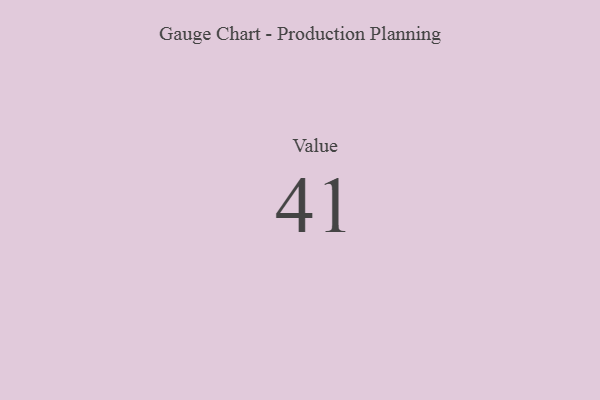
{"axis": {"x": "Metric", "y": "Value"}, "legend": [""], "data": [{"x": "Value", "y": 41, "type": ""}]}